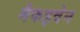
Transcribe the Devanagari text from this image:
मैकइवेन